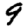
Digit: 9